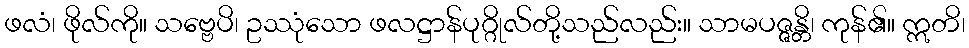
ဖလံ၊ ဖိုလ်ကို။ သဗ္ဗေပိ၊ ဥဿုံသော ဖလဋ္ဌာန်ပုဂ္ဂိုလ်တို့သည်လည်း။ သာမပဇ္ဇန္တိ၊ ကုန်၏။ ဣတိ၊